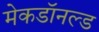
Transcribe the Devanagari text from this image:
मेकडॉनल्ड